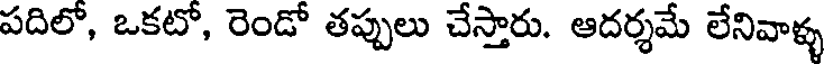
పదిలో, ఒకటో, రెండో తప్పులు చేస్తారు. ఆదర్శమే లేనివాళ్ళ